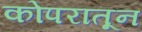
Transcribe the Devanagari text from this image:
कोपरातून